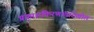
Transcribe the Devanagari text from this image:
प्रकाशकिरणांचादेखील